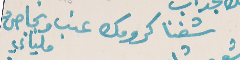
شفنا كرومك عنب ونجاصُ ملياني